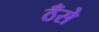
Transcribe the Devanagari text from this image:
ठँसे